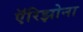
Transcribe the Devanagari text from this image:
ऍरिझोना